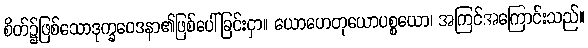
စိတ်၌ဖြစ်သောဒုက္ခဝေဒနာ၏ဖြစ်ပေါ်ခြင်းငှာ။ ယောဟေတုယောပစ္စယော၊ အကြင်အကြောင်းသည်။